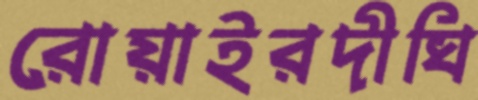
রোয়াইরদীঘি